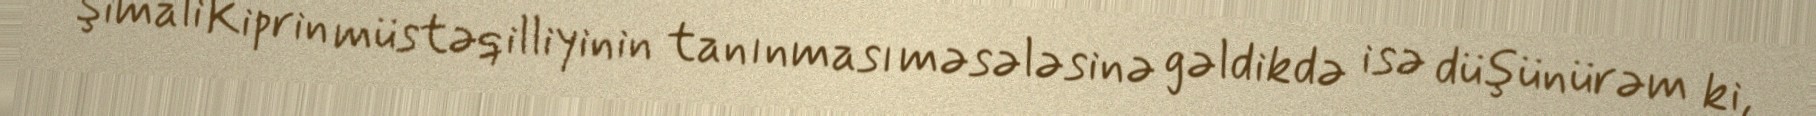
Şimali Kiprin müstəqilliyinin tanınması məsələsinə gəldikdə isə düşünürəm ki,